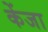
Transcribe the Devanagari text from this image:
केंजा